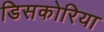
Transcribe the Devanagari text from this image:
डिसकोरिया